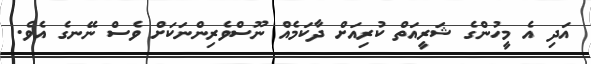
އަދި އެ މީހުންގެ ޝަރީއަތް ކުރިއަށް ދާކަމެއް ނޫސްވެރިންނަކަށް ވެސް ނޭނގެ އެވެ.